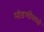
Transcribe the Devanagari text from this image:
मांडणीमध्ये